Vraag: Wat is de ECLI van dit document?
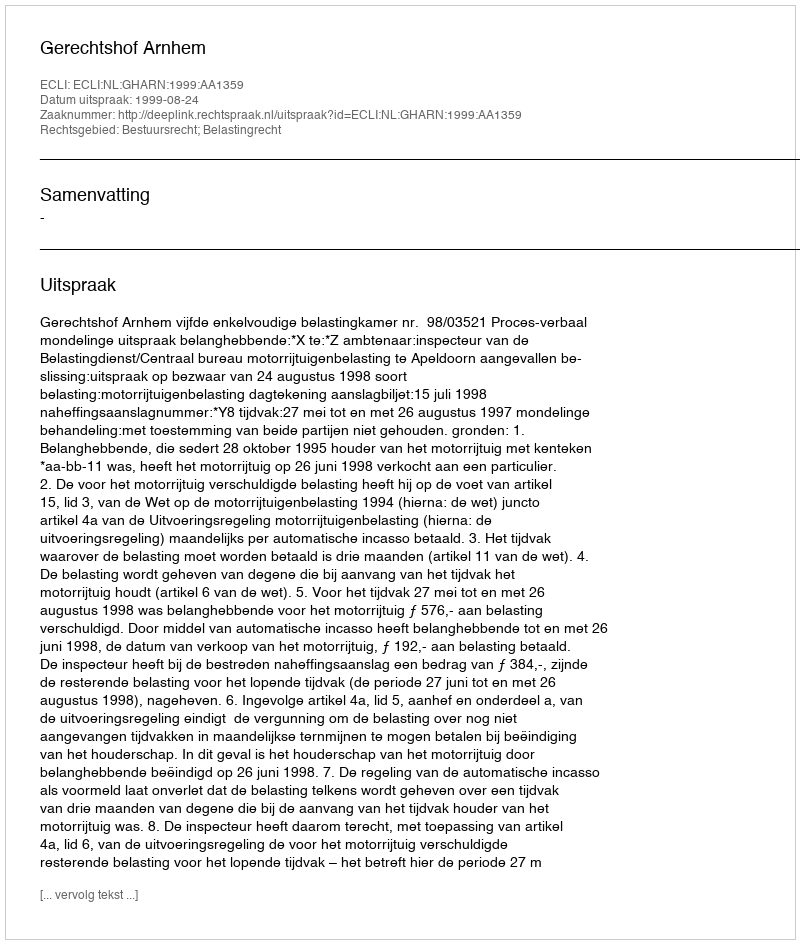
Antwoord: ECLI:NL:GHARN:1999:AA1359